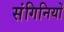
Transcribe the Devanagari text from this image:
संगिनियों